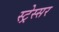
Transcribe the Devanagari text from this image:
स्ट्रेस्सर